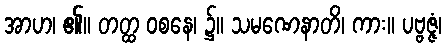
အာဟ၊ ၏။ တတ္ထ ဝစနေ၊ ၌။ သမဏေနာတိ၊ ကား။ ပဗ္ဗဇ္ဇံ၊